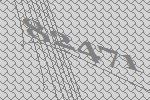
82471